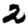
Digit: 2